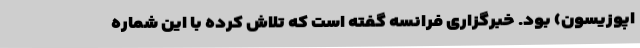
اپوزیسون) بود. خبرگزاری فرانسه گفته است که تلاش کرده با این شماره